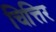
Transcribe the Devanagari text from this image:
चित्तिर